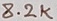
Text: 8.2K